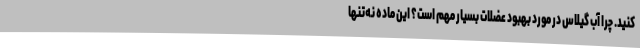
کنید. چرا آب گیلاس در مورد بهبود عضلات بسیار مهم است؟ این ماده نه‌تنها